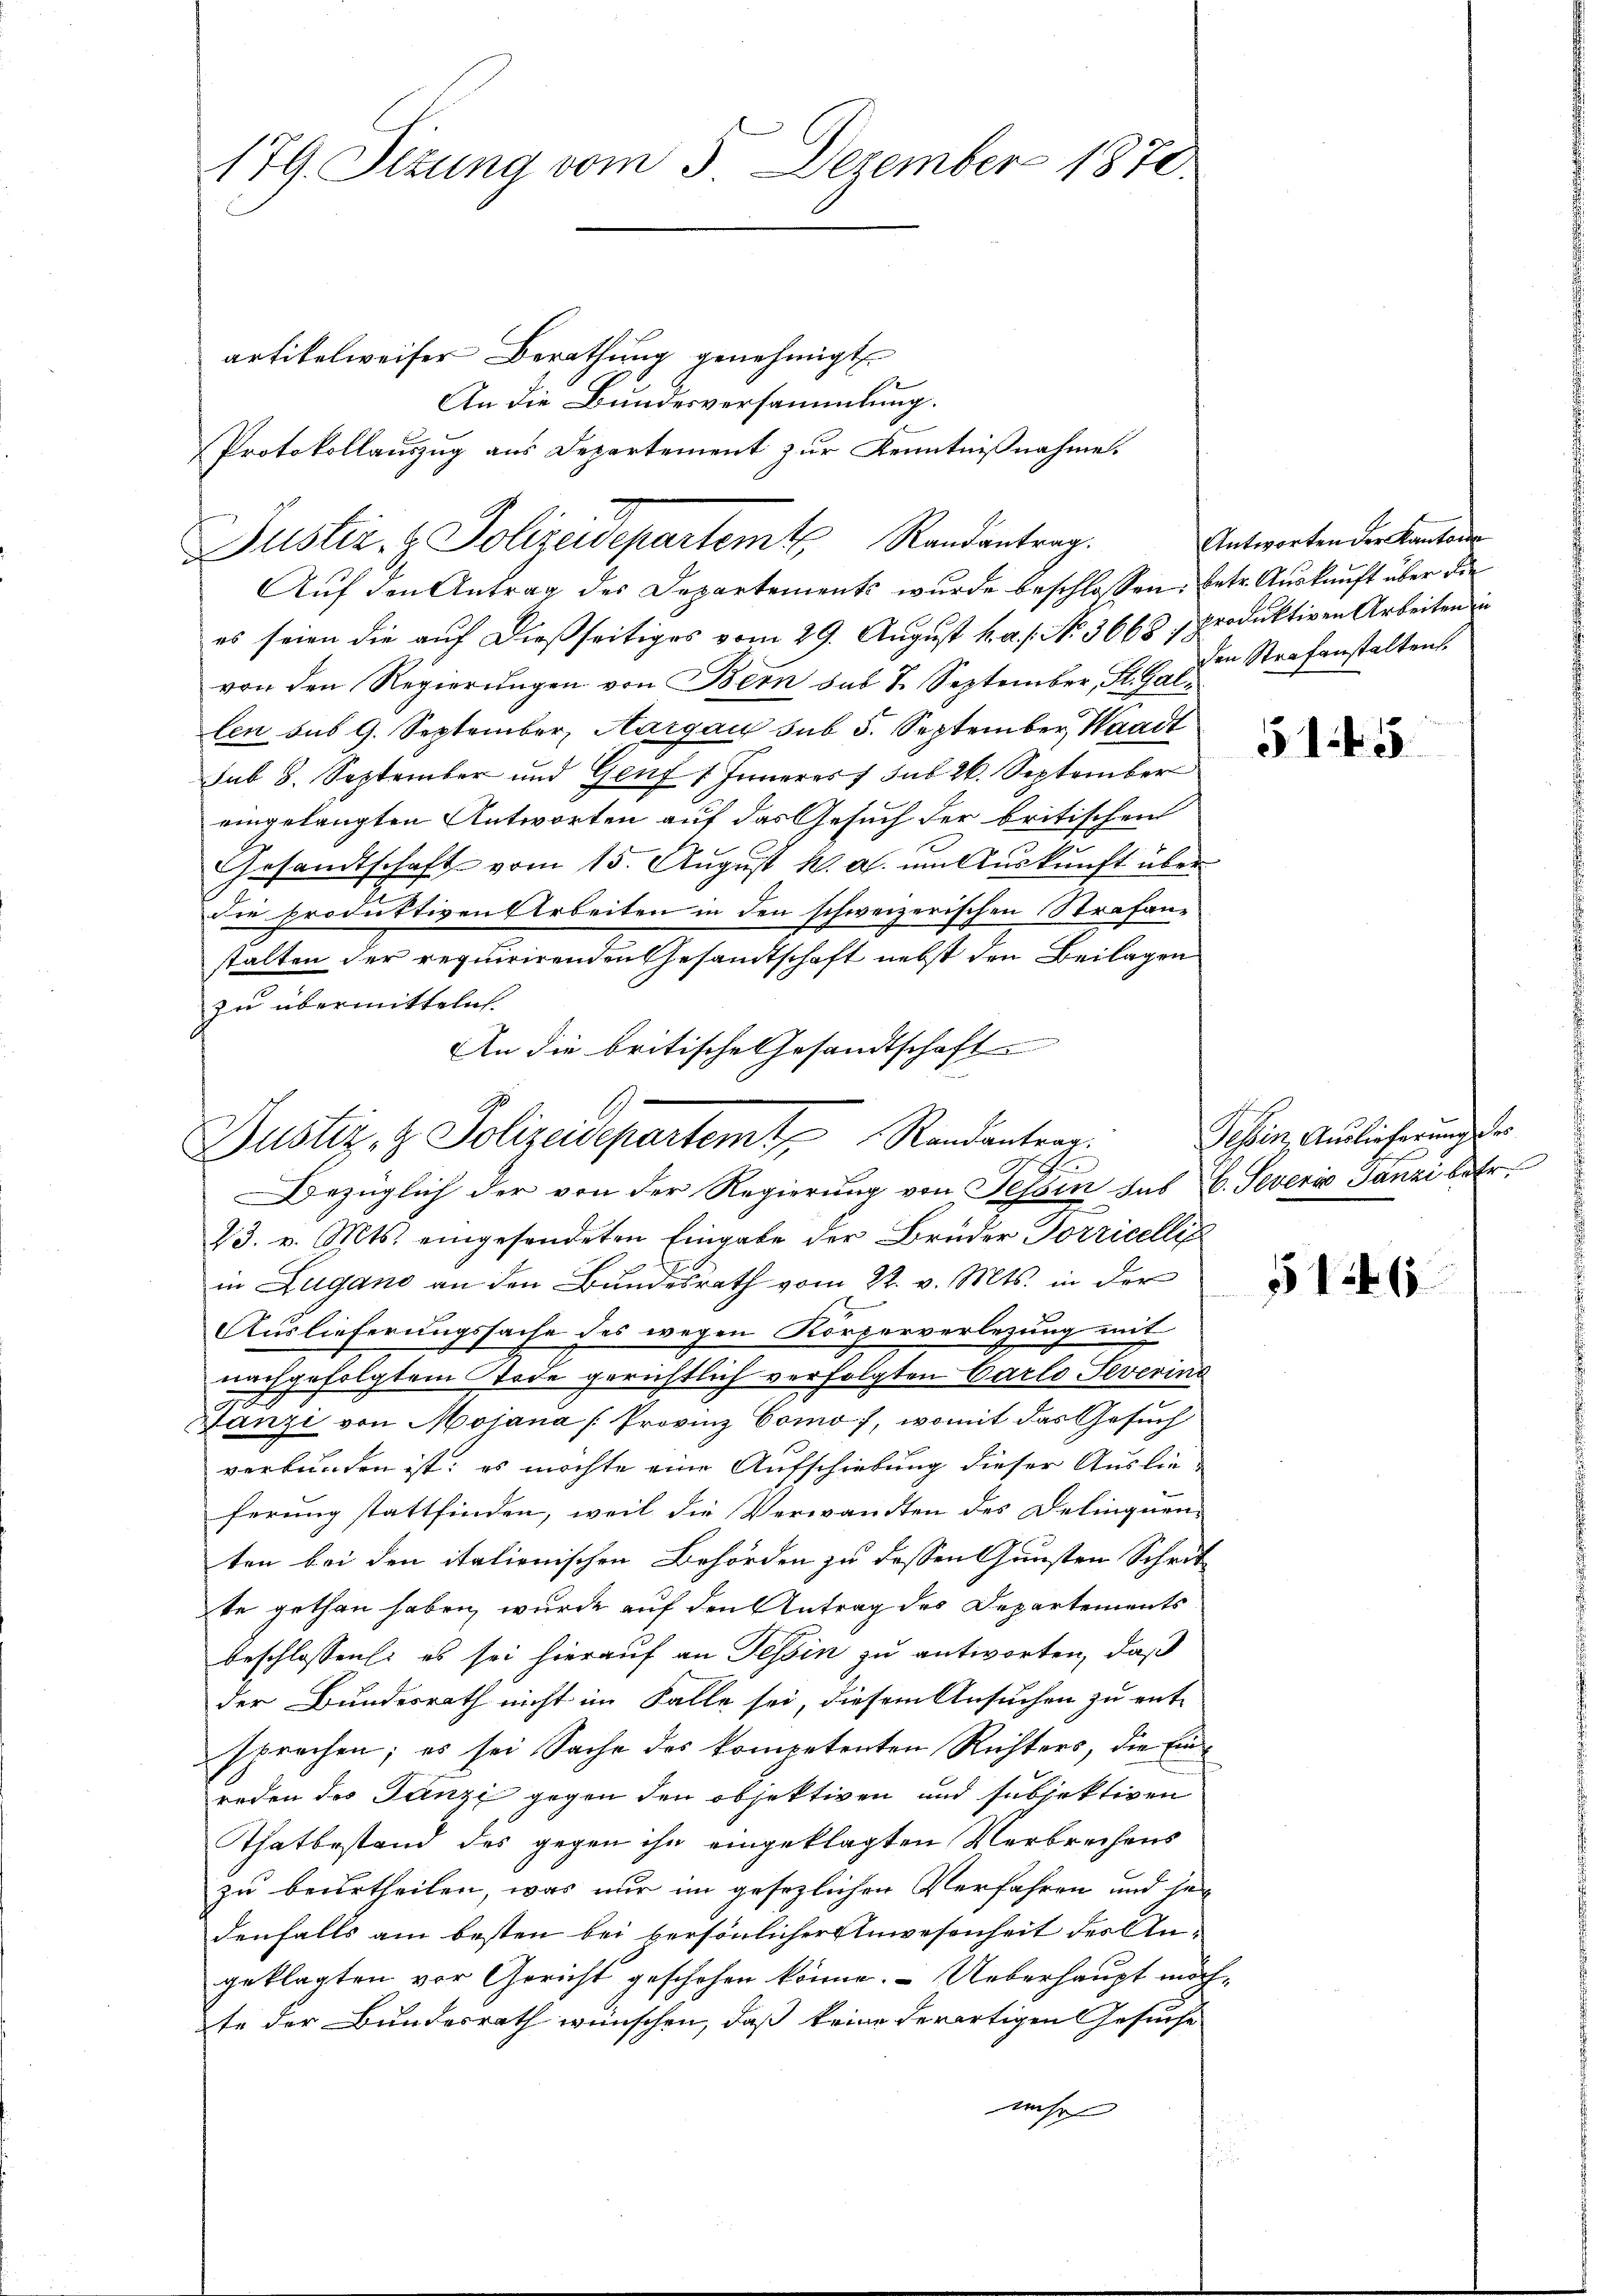
179. Sizung vom 3. Dezember 1870.

artikelweiser Berathung genehmigt.
An die Bundesversammlung.
Protokollauszug aus Departement zur Kenntnißnahme.
Auf den Antrag des Departements wurde beschlossen: betr. Auskunft über die
es seien die auf dießseitiges vom 29. August h. a. s. No. 3668.  produktiven Arbeiten in
von den Regierŭngen von Bern das 7. September, St. Gallen sus 9. September, Aargau sub 5. September, Waadt
sub 8. September und Genf 1 Inneres 7 sub 26. September
eingelangten Antworten auf das Gesuch der britischen
Gesandtschaft vom 15. August k. a. um Auskunft über
die produktiven Arbeiten in den schweizerischen Strafanstalten der requirirenden Gesandtschaft nebst den Beilagen
zu übermitteln.
An die britische Gesandtschaft.
Bezüglich der von der Regierung von Tessin das 6. Severi Tanzi betr.
23. v. Mts. eingesendeten Eingabe der Brüder Torricellig
in Zugano an den Bundesrath vom 22. v. Mts. in der
Auslieferungssache des wegen Körperverlegung mit
achgefolgtem Tode gerichtlich verfolgten Carlo Severint
Banzi von Mojana [Provinz Como, womit das Gesuch
verbunden ist; es möchte eine Aufschiebung dieser Auslie-
ferung stattfinden, weil die Verwandten des Delinquen-
ten bei den italienischen Behörden zu dessen Gunsten Schrit
te gethan haben, wurde auf den Antrag des Departements
beschlossen: es sei hierauf an Tessin zu antworten, daß
der Bundesrath nicht im Falle sei, diesem Ansuchen zu ent-
sprechen; es sei Sache des kompetenten Richters, die Einreden des Tanzi gegen den objektiven und subjektiven
Thatbestand des gegen ihn eingeklagten Verbrechens
zu beurtheilen, was nur im gesezlichen Verfahren und jedenfalls am besten bei persönlicher Anwesenheit des An-
geklagten vor Gericht geschehen könne. Ueberhaupt möch
te der Bundesrath wünschen, daß keine derartigen Gesuche
mehr

Justiz- & Polizeidepartemt. Randantrag.

Justiz & Polizeidepartemt, Randantrag

Antworten der Kanton
den Strafanstalten.

s

51.45.

Tessin, Auslieferung der

51465